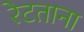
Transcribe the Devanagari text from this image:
रेटताना